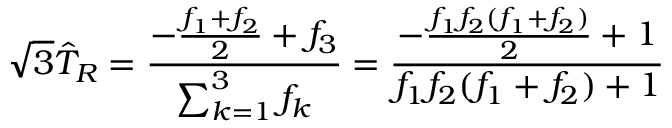
\sqrt { 3 } \hat { T } _ { R } = { \frac { - { \frac { f _ { 1 } + f _ { 2 } } { 2 } } + f _ { 3 } } { \sum _ { k = 1 } ^ { 3 } f _ { k } } } = { \frac { - { \frac { f _ { 1 } f _ { 2 } ( f _ { 1 } + f _ { 2 } ) } { 2 } } + 1 } { f _ { 1 } f _ { 2 } ( f _ { 1 } + f _ { 2 } ) + 1 } }